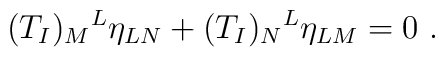
(T_I)_M{}^L \eta_{LN} + (T_I)_N{}^L \eta_{LM} = 0~.